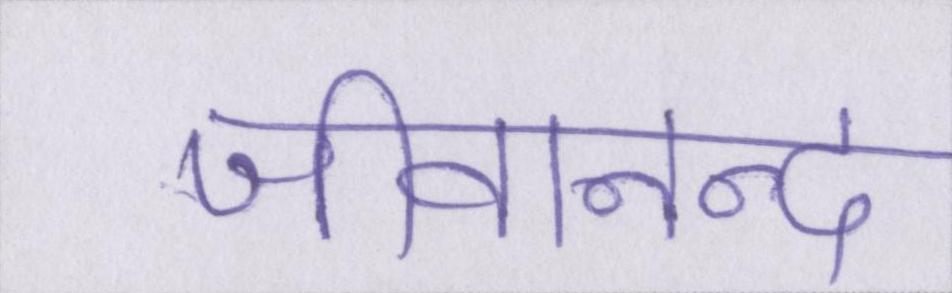
जीवानन्द